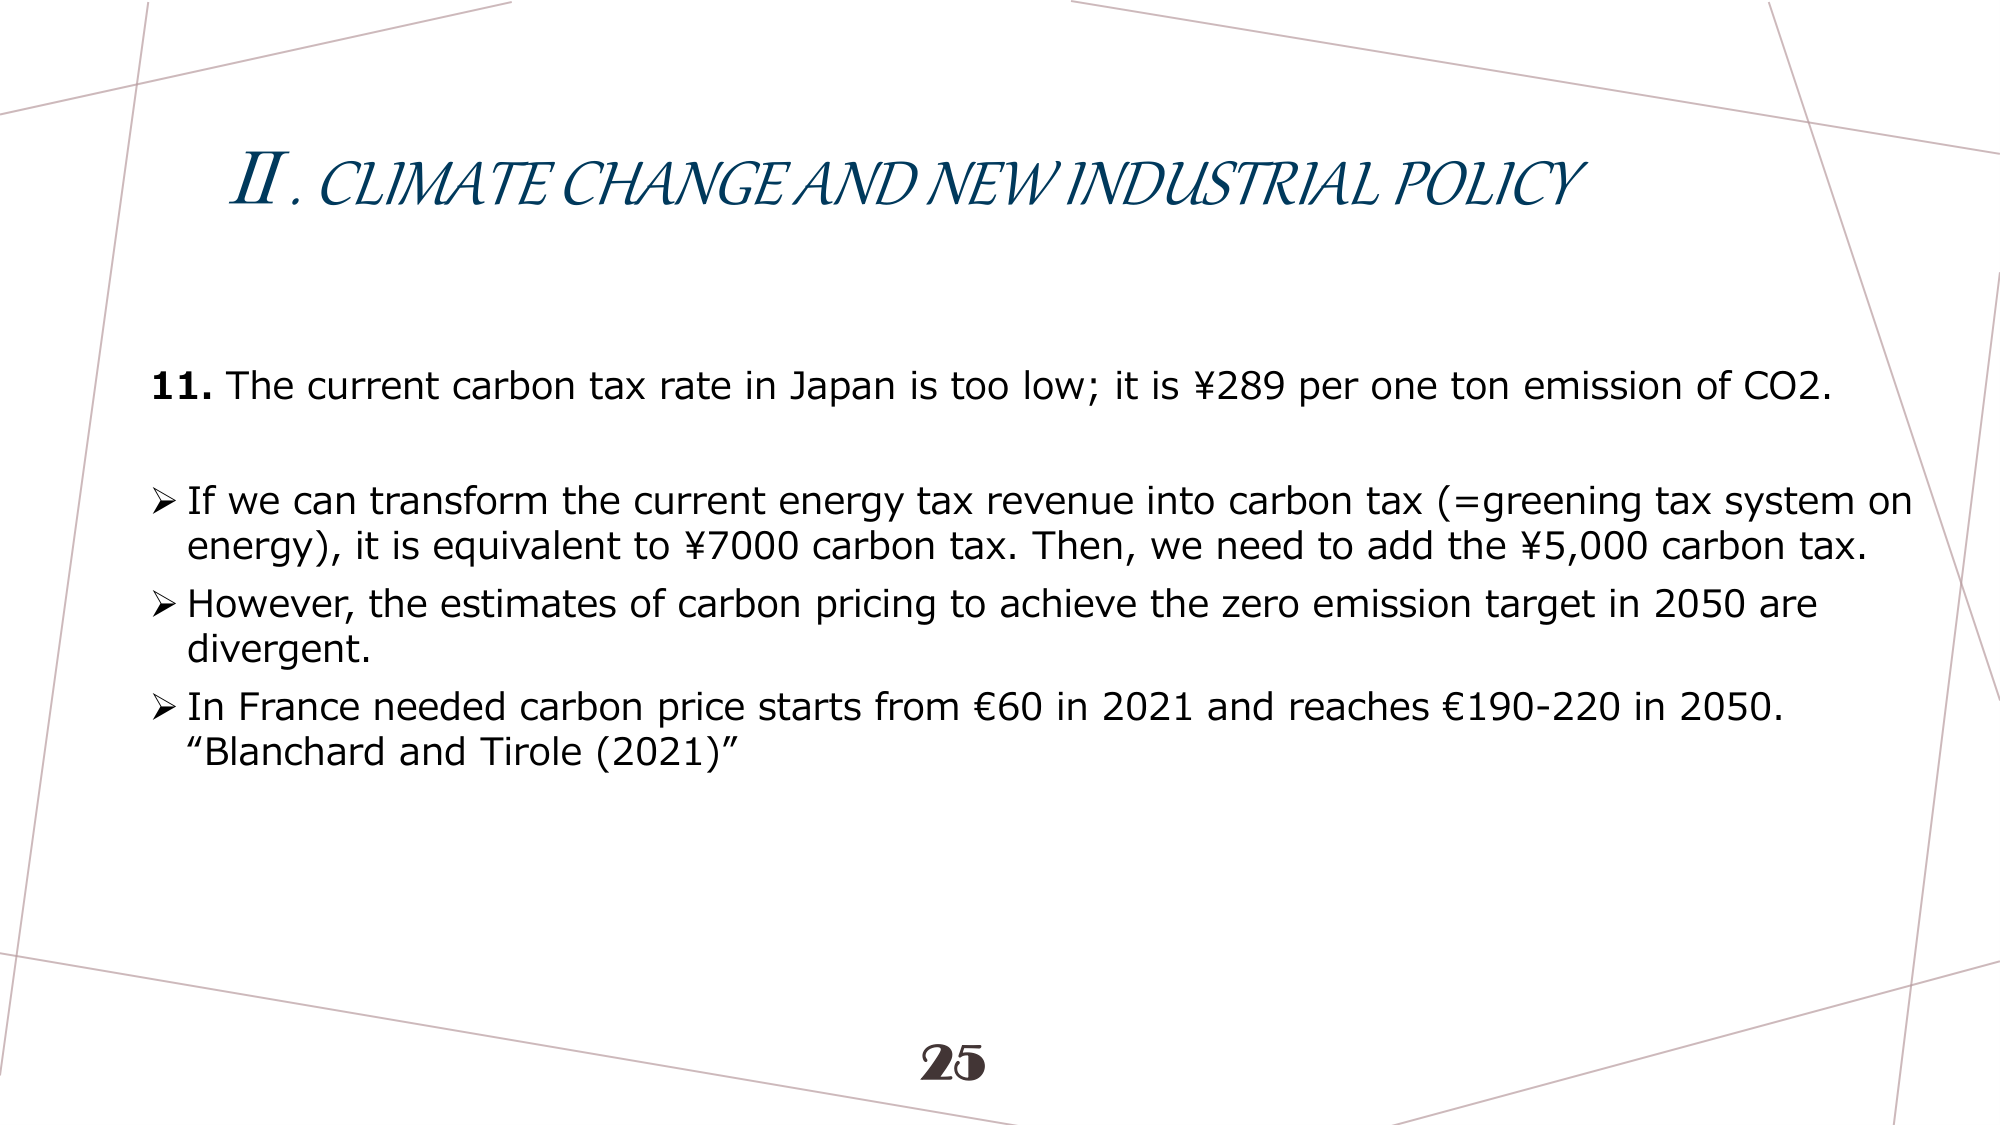
II. CLIMATE CHANGE AND NEW INDUSTRIAL POLICY

11. The current carbon tax rate in Japan is too low; it is ¥289 per one ton emission of CO2.

➤ If we can transform the current energy tax revenue into carbon tax (=greening tax system on energy), it is equivalent to ¥7000 carbon tax. Then, we need to add the ¥5,000 carbon tax.

➤ However, the estimates of carbon pricing to achieve the zero emission target in 2050 are divergent.

➤ In France needed carbon price starts from €60 in 2021 and reaches €190-220 in 2050.
“Blanchard and Tirole (2021)”

25